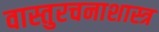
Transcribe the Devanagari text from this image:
वास्तुरचनाशास्त्र